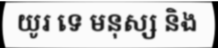
យូរ ទេ មនុស្ស និង